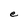
Character: e